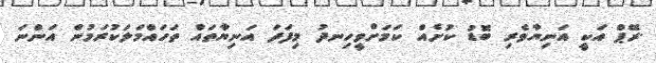
.ރޭޕް އަކީ އަނިޔާވެރި ބޮޑު ކުށެއް ކަމަށްވީހިނދު މިފަދަ އަނިޔާތައް ތަހައްމަލަކުރަމުން އަންނަ